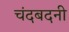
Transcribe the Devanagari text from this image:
चंदबदनी